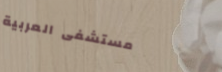
مستشفى العربية